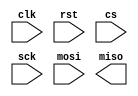
module spi_controller (
    input wire clk,            // Clock signal
    input wire rst,            // Reset signal
    input wire cs,             // Chip select signal
    input wire sck,            // Serial clock signal
    input wire mosi,           // Master out slave in signal
    output wire miso           // Master in slave out signal
);

    // Timing control and synchronization logic goes here

endmodule